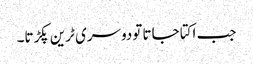
جب اکتا جاتا تودوسری ٹرین پکڑتا۔